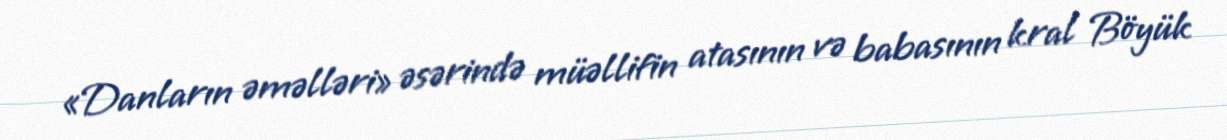
«Danların əməlləri» əsərində müəllifin atasının və babasının kral Böyük